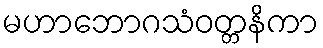
မဟာဘောဂသံဝတ္တနိကာ